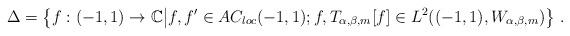
LaTeX: \begin{align*}\Delta=\left\{f:(-1,1)\rightarrow \mathbb C\big|f,f'\in AC_{loc}(-1,1); f, T_{\alpha,\beta,m}[f]\in L^2((-1,1),W_{\alpha,\beta, m})\right\}\,.\end{align*}